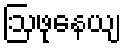
ဩဖုနေယျ